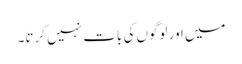
میں اور لوگوں کی بات نہیں کرتا۔